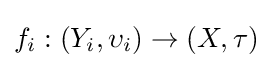
f_{i}:\left(Y_{i},\upsilon _{i}\right)\to (X,\tau )